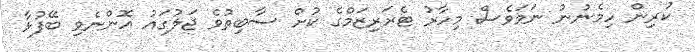
ކުރިން ހިމެނުނު ނަމަވެސް މިހާރު ޓެރަރިޒަމްގެ ކުށް ސާބިތުވެ ޖަލުގައު އޮންނެވި ބޭފުޅާ